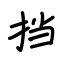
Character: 挡